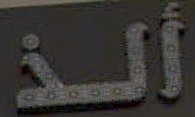
ألذ